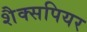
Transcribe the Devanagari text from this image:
शैक्सपियर